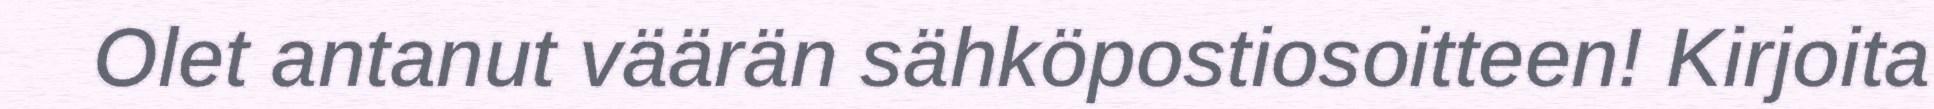
Olet antanut väärän sähköpostiosoitteen! Kirjoita